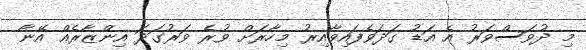
މި ދުވަސްވަރު އެ އަޑު ގަދަވެފައިވާއިރު މިހާރަށް ވުރެ ވަރުގަދަ އިންޒާރެއް އޭނާ